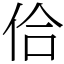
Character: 佮